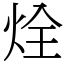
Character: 烇